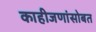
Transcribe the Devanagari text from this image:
काहीजणांसोबत